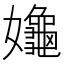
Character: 䶯